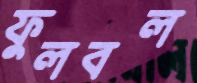
ফুলবল